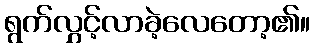
ရွက်လွှင့်လာခဲ့လေတော့၏။